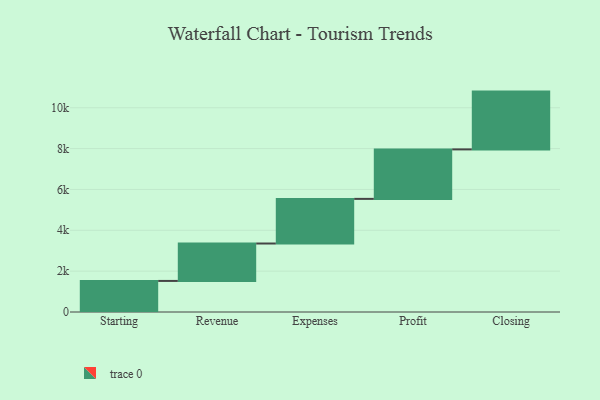
{"axis": {"x": "Step", "y": "Value"}, "legend": [""], "data": [{"x": "Starting", "y": 1521.0, "type": ""}, {"x": "Revenue", "y": 1832.0, "type": ""}, {"x": "Expenses", "y": 2185.0, "type": ""}, {"x": "Profit", "y": 2423.0, "type": ""}, {"x": "Closing", "y": 2829.0, "type": ""}]}